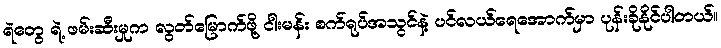
ရဲတွေ ရဲ့ ဖမ်းဆီးမှုက လွတ်မြောက်ဖို့ ငါးမန်း စက်ရုပ်အသွင်နဲ့ ပင်လယ်ရေအောက်မှာ ပုန်းခိုနိုင်ပါတယ်။